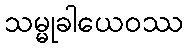
သမ္မုခါယေဝဿ